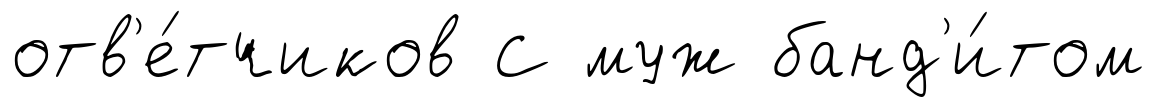
отв'е́тчиков С муж банд'и́том